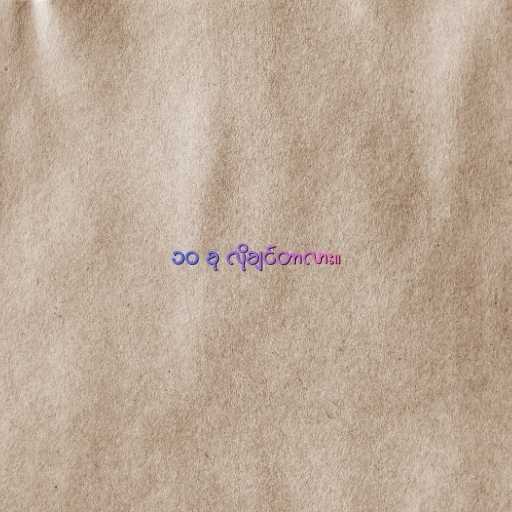
၁၀ ခု လိုချင်တာလား။